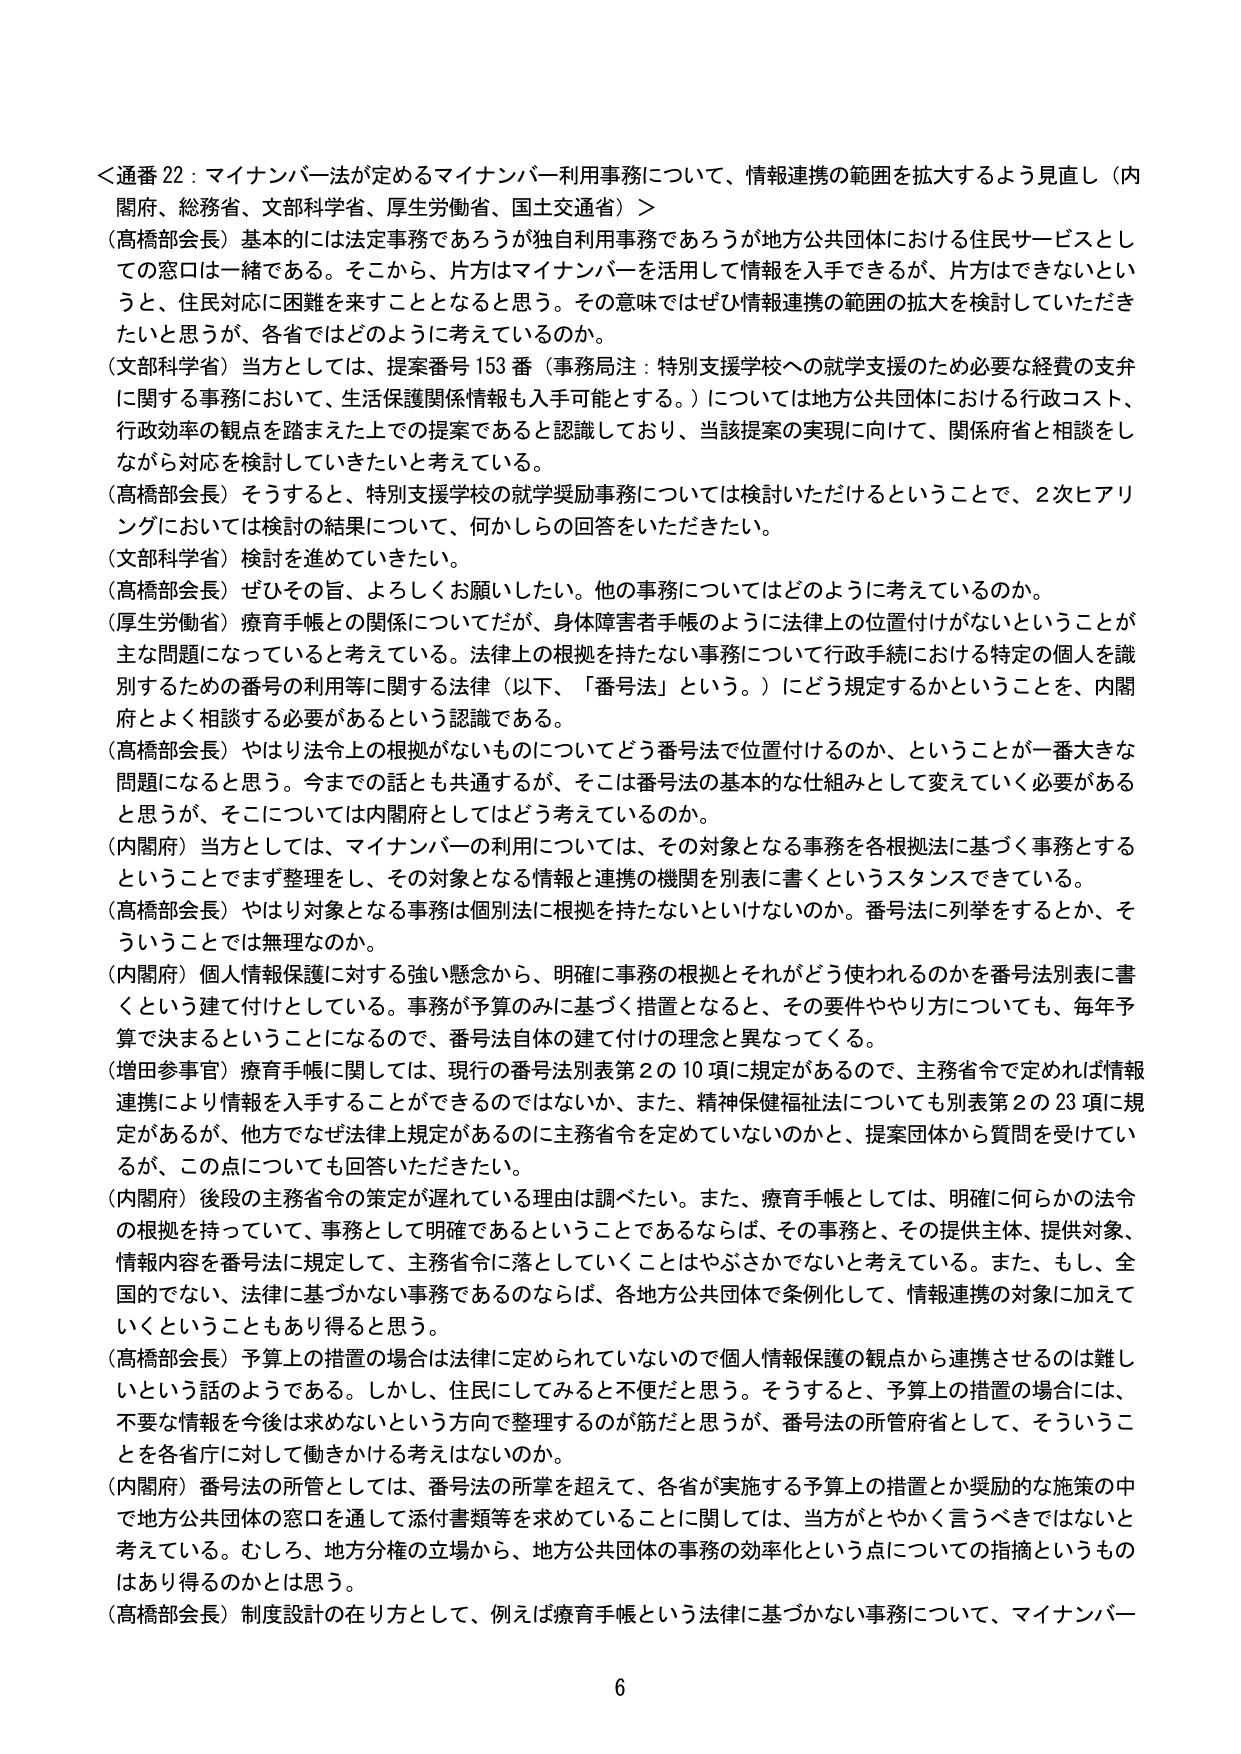
＜通番 22：マイナンバー法が定めるマイナンバー利用事務について、情報連携の範囲を拡大するよう見直し（内閣府、総務省、文部科学省、厚生労働省、国土交通省）＞

（高橋部会長）基本的には法定事務であろうが独自利用事務であろうが地方公共団体における住民サービスとしての窓口は一緒である。そこから、片方はマイナンバーを活用して情報を入手できるが、片方はできないというと、住民対応に困難を来すこととなると思う。その意味ではぜひ情報連携の範囲の拡大を検討していただきたいと思うが、各省ではどのように考えているのか。

（文部科学省）当方としては、提案番号153番（事務局注：特別支援学校への就学支援のため必要な経費の支弁に関する事務において、生活保護関係情報も入手可能とする。）については地方公共団体における行政コスト、行政効率の観点を踏まえた上での提案であると認識しており、当該提案の実現に向けて、関係府省と相談をしながら対応を検討していきたいと考えている。

（高橋部会長）そうすると、特別支援学校の就学奨励事務については検討いただけるということで、2次にアリーリングにおいては検討の結果について、何かしらの回答をいただきたい。

（文部科学省）検討を進めていきたい。

（高橋部会長）ぜひその旨、よろしくお願いしたい。他の事務についてはどのように考えているのか。

（厚生労働省）療育手帳との関係についてだが、身体障害者手帳のように法律上の位置付けがないということが主な問題になっていると考えている。法律上の根拠を持たない事務について行政手続における特定の個人を識別するための番号の利用等に関する法律（以下、「番号法」という。）にどう規定するかということを、内閣府とよく相談する必要があるという認識である。

（高橋部会長）やはり法令上の根拠がないものについてどう番号法で位置付けるのか、ということが一番大きな問題になると思う。今までの話とも共通するが、そこは番号法の基本的な仕組みとして変えていく必要があると思うが、そこについては内閣府としてはどう考えているのか。

（内閣府）当方としては、マイナンバーの利用については、その対象となる事務を各根拠法に基づく事務とするということでまず整理をし、その対象となる情報と連携の機関を別表に書くというスタンスできている。

（高橋部会長）やはり対象となる事務は個別法に根拠を持たないといけないのか。番号法に列挙をするとか、そういうことでは無理なのか。

（内閣府）個人情報保護に対する強い懸念から、明確に事務の根拠とそれがどう使われるのかを番号法別表に書くという建て付けとしている。事務が予算のみに基づく措置となると、その要件ややり方についても、毎年予算で決まるということになるので、番号法自体の建て付けの理念と異なってくる。

（増田参事官）療育手帳に関しては、現行の番号法別表第2の10項に規定があるので、主務省令で定めれば情報連携により情報を入手することができるのではないか、また、精神保健福祉法についても別表第2の23項に規定があるが、他方でなぜ法律上規定があるのに主務省令を定めていないのかと、提案団体から質問を受けてい るが、この点についても回答いただきたい。

（内閣府）後段の主務省令の策定が遅れている理由は調べたい。また、療育手帳としては、明確に何らかの法令の根拠を持っていて、事務として明確であるということであるならば、その事務と、その提供主体、提供対象、情報内容を番号法に規定して、主務省令に落としていくことはやぶさかでないと考えている。また、もし、全国的でない、法律に基づかない事務であるのならば、各地方公共団体で条例化して、情報連携の対象に加えていくということもあり得ると思う。

（高橋部会長）予算上の措置の場合は法律に定められていないので個人情報保護の観点から連携させるのは難しいという話のようである。しかし、住民にしてみると不便だと思う。そうすると、予算上の措置の場合には、不要な情報を今後は求めないという方向で整理するのが筋だと思うが、番号法の所管府省として、そういうことを各省庁に対して働きかける考えはないのか。

（内閣府）番号法の所管としては、番号法の所掌を超えて、各省が実施する予算上の措置とか奨励的な施策の中で地方公共団体の窓口を通して添付書類等を求めていることに関しては、当方がとやかく言うべきではないと考えている。むしろ、地方分権の立場から、地方公共団体の事務の効率化という点についての指摘というものはあり得るのかとは思う。

（高橋部会長）制度設計の在り方として、例えば療育手帳という法律に基づかない事務について、マイナンバー

6